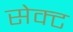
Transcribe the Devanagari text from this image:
सेक्‍ट